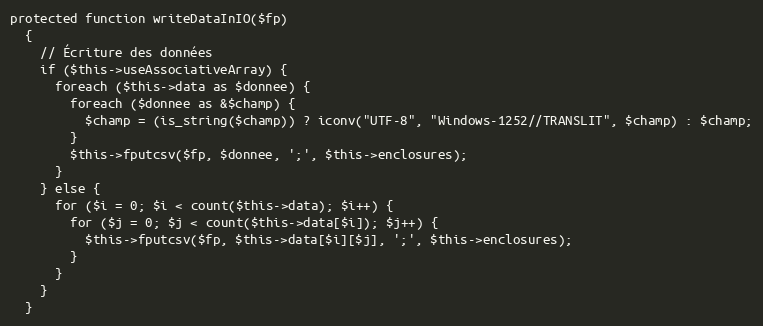
Language: PHP
protected function writeDataInIO($fp)
  {
    // Écriture des données
    if ($this->useAssociativeArray) {
      foreach ($this->data as $donnee) {
        foreach ($donnee as &$champ) {
          $champ = (is_string($champ)) ? iconv("UTF-8", "Windows-1252//TRANSLIT", $champ) : $champ;
        }
        $this->fputcsv($fp, $donnee, ';', $this->enclosures);
      }
    } else {
      for ($i = 0; $i < count($this->data); $i++) {
        for ($j = 0; $j < count($this->data[$i]); $j++) {
          $this->fputcsv($fp, $this->data[$i][$j], ';', $this->enclosures);
        }
      }
    }
  }